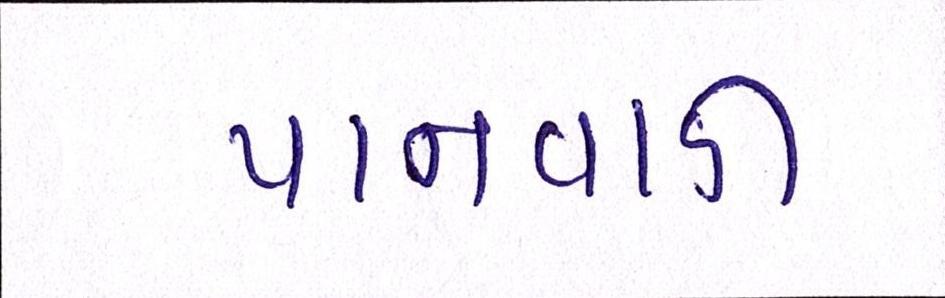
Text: પાનવાડી